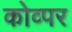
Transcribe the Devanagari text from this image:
कोव्पर